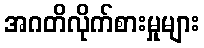
အဂတိလိုက်စားမှုများ